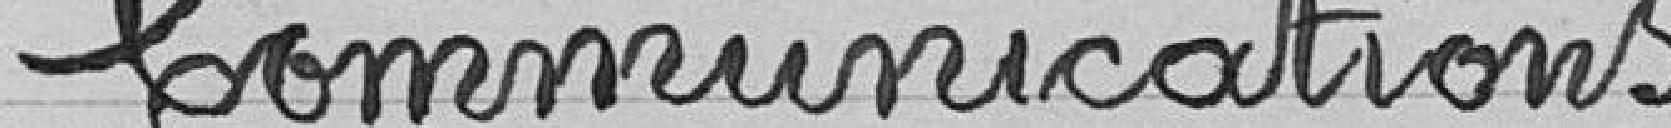
Communications